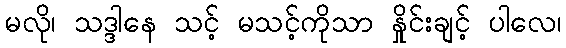
မလို၊ သဒ္ဒါနေ သင့် မသင့်ကိုသာ နှိုင်းချင့် ပါလေ၊